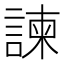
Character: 諫